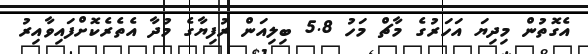
އެގޮތުން މިދިޔަ އަހަރުގެ މާޗް މަހު 5.8 ބިލިއަން ރުފިޔާގެ މުދާ އެތެރެކޮށްފައިވާއިރު